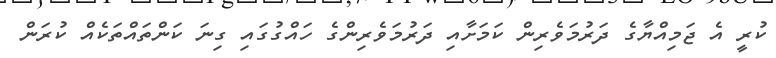
ކުރީ އެ ޖަމިއްޔާގެ ދަރުމަވެރިން ކަމަށާއި ދަރުމަވެރިންގެ ހައްގުގައި ގިނަ ކަންތައްތަކެއް ކުރަން